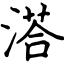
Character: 溚